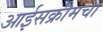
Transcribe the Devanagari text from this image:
आईसक्रीमचा